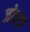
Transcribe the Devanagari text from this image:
जोह्ड़ा